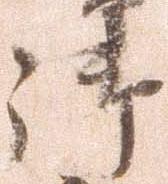
御